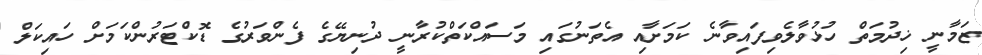
ޒަމާނީ ޚިދުމަތް ހުޅުވާލެވިފައިވާނެ ކަމަށާއި އެތަނުގައި މަސައްކަތްކުރާނީ ދުނިޔޭގެ ފެންވަރުގެ ޑޮކްޓަރުންކަމަށް ހައިކަލް